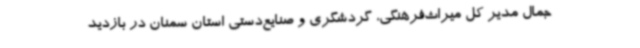
جمال مدیر کل میراث‌فرهنگی، گردشگری و صنایع‌دستی استان سمنان در بازدید